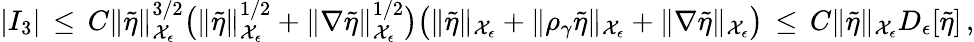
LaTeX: |I_{3}|\, \le\, C\| \tilde{\eta}\| _{\mathcal{X}_{\epsilon}}^{3/2}\bigl(\| \tilde{\eta}\| _{\mathcal{X}_{\epsilon}}^{1/2}+\| \nabla\tilde{\eta}\| _{\mathcal{X}_{\epsilon}}^{1/2}\bigr)\bigl(\| \tilde{\eta}\| _{\mathcal{X}_{\epsilon}}+\| \rho_{\gamma}\tilde{\eta}\| _{\mathcal{X}_{\epsilon}}+\| \nabla\tilde{\eta}\| _{\mathcal{X}_{\epsilon}}\bigr)\, \le\, C\| \tilde{\eta}\| _{\mathcal{X}_{\epsilon}}D_{\epsilon}[\tilde{\eta}]\, ,